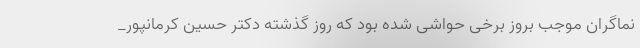
نماگران موجب بروز برخی حواشی شده بود که روز گذشته دکتر حسین کرمانپور_